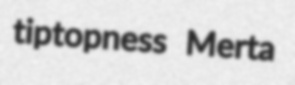
tiptopness Merta